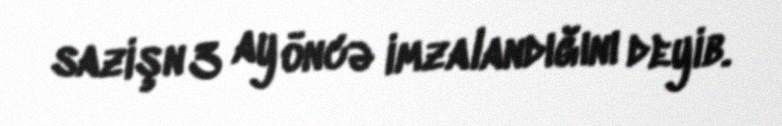
sazişn 3 ay öncə imzalandığını deyib.